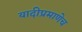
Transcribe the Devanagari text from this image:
यादीप्रमाणेच